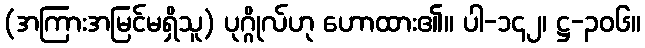
(အကြားအမြင်မရှိသူ) ပုဂ္ဂိုလ်ဟု ဟောထား၏။ ပါ-၁၄၂၊ ဋ္ဌ-၃၀၆။